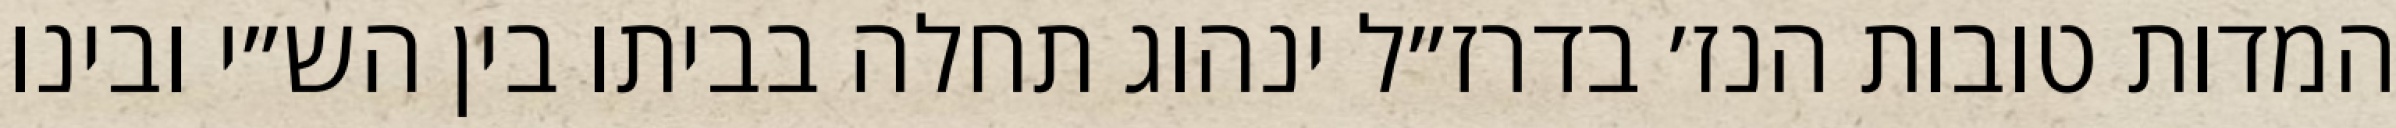
המדות טובות הנז׳ בדרז״ל ינהוג תחלה בביתו בין הש״י ובינו